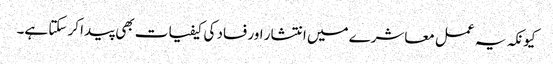
کیونکہ یہ عمل معاشرے میں انتشار اور فساد کی کیفیات بھی پیدا کر سکتا ہے۔